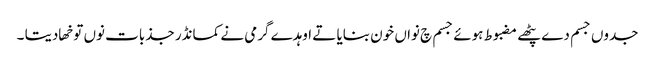
جدوں جسم دے پٹھے مضبوط ہوئے جسم چ نواں خون بنایا تے اوہدے گرمی نے کمانڈر جذبات نوں توخھا دیتا ۔